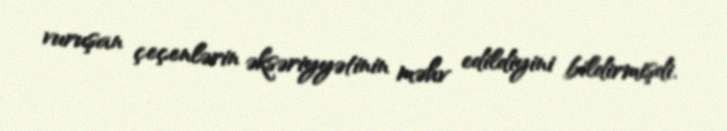
vuruşan çeçenlərin əksəriyyətinin məhv edildiyini bildirmişdi.